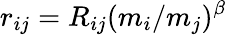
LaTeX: r_{ij}=R_{ij}(m_{i}/m_{j})^{\beta}